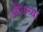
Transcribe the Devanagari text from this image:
औंधच्या